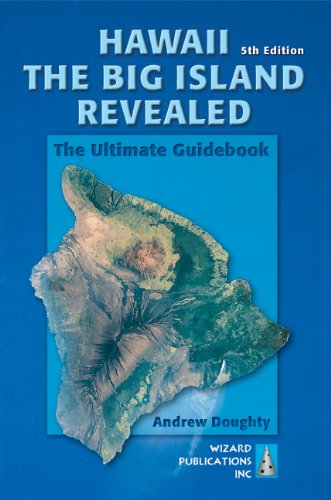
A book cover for Hawaii The Big Island Revealed: The Ultimate Guidebook; Andrew Doughty; Travel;